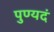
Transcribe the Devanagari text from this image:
पुण्यदं